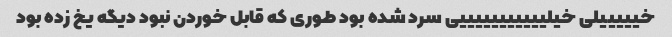
خیییییلی خیلیییییییییییی سرد شده بود طوری که قابل خوردن نبود دیگه یخ زده بود